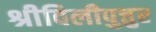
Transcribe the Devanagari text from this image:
श्रीविलीपुत्तुर